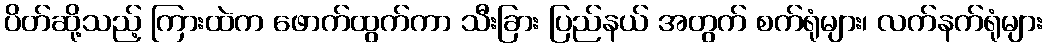
ပိတ်ဆို့သည့် ကြားထဲက ဖောက်ထွက်ကာ သီးခြား ပြည်နယ် အတွက် စက်ရုံများ၊ လက်နက်ရုံများ